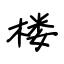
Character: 楼